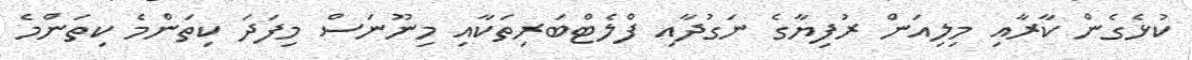
ކުޅެގެން ކާރާއި މިލިއަން ރުފިޔާގެ ނަގުދާއި ފްލެޓްބަރިތަކާއި މިނޫނަސް މިފަދަ ކިތަންމެ ކިތަންމެ